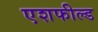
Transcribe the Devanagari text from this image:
एशफील्ड